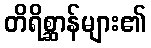
တိရိစ္ဆာန်များ၏